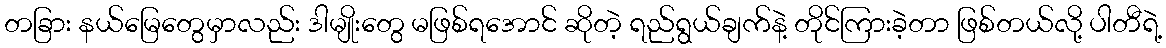
တခြား နယ်မြေတွေမှာလည်း ဒါမျိုးတွေ မဖြစ်ရအောင် ဆိုတဲ့ ရည်ရွယ်ချက်နဲ့ တိုင်ကြားခဲ့တာ ဖြစ်တယ်လို့ ပါတီရဲ့